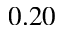
0 . 2 0